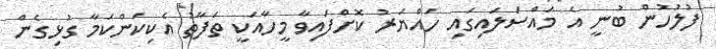
ފުލުހުން ބުނީ އެ މައްސަލައިގައި ހައްޔަރު ކޮށްފައިވާ މީހާއަކީ ތަފާތު އެކިކަންކަމާ ގުޅިގެން